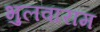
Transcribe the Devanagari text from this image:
भुलवाराम